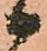
候